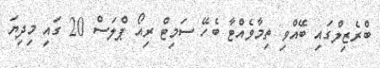
ބްރެޒިލްގައި ބޭއްވި ތިމާވެއްޓާ ބެހޭ ސަމިޓް ރިއޯ ޕްލަސް 20 ގައި މިދިޔަ